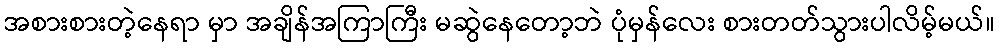
အစားစားတဲ့နေရာ မှာ အချိန်အကြာကြီး မဆွဲနေတော့ဘဲ ပုံမှန်လေး စားတတ်သွားပါလိမ့်မယ်။